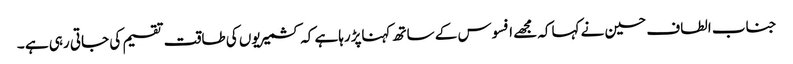
جناب الطاف حسین نے کہاکہ مجھے افسوس کے ساتھ کہناپڑرہاہے کہ کشمیریوں کی طاقت تقسیم کی جاتی رہی ہے ۔